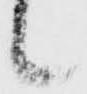
候